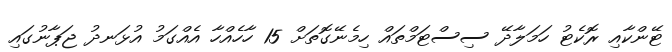
ޓޭންކާއި ރޮކެޓު ހަމަލާދޭ ސިސްޓަމްތައް ހިމެނޭގޮތަށް 15 ހާހެއްހާ އެއްގަމު އުޅަނދު ޖަޕާނުގައި